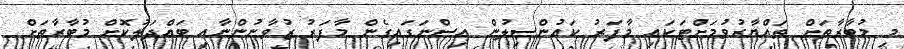
މި މުބާރާތަށް ތައްޔާރުވުމަށްޓަކައި މާފަރު ކައުންސިލުން އިސްނަގައިގެން މާފަރު ޒުވާނުންނާއި ބައްދަލުކޮށް މުބާރާތަށް